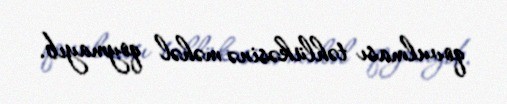
qovulması təhlükəsinə məhəl qoymayıb.